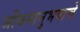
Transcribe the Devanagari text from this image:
जीवनानुभवाचे